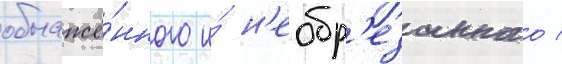
обнажё́нного и́ н'еобр'езанного /